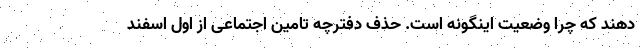
دهند که چرا وضعیت اینگونه است. حذف دفترچه تامین اجتماعی از اول اسفند